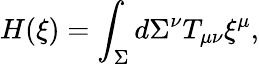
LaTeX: H(\xi)=\int_{\Sigma}d\Sigma^{\nu}T_{\mu\nu}\xi^{\mu},